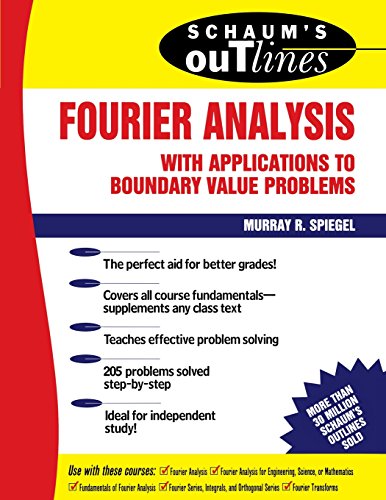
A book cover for Schaum's Outline of Fourier Analysis with Applications to Boundary Value Problems; Murray Spiegel; Science & Math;